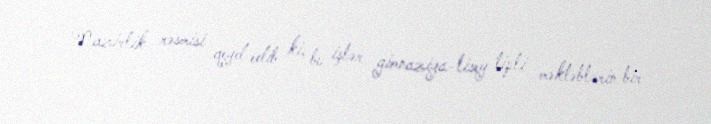
Nazirlik rəsmisi qeyd edib ki, bu işlər gimnaziya-lisey tipli məktəblərin bir